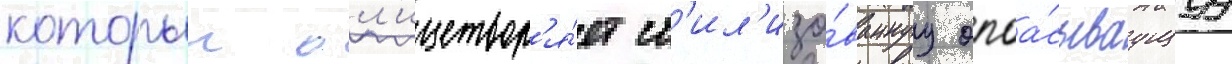
которыи ол'ицетвор'я́ет ст'ил'изо́ваннуу опоа́сываущуу